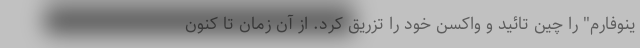
ینوفارم" را چین تائید و واکسن خود را تزریق کرد. از آن زمان تا کنون